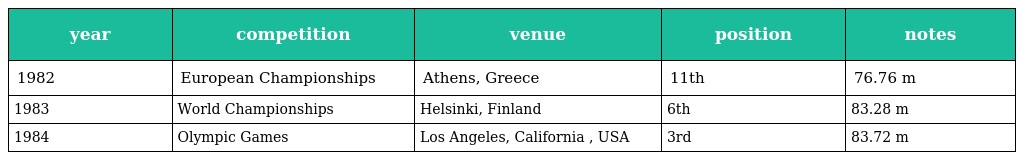
| year | competition | venue | position | notes |
 | --- | --- | --- | --- | --- |
 | 1982 | European Championships | Athens, Greece | 11th | 76.76 m |
 | 1983 | World Championships | Helsinki, Finland | 6th | 83.28 m |
 | 1984 | Olympic Games | Los Angeles, California , USA | 3rd | 83.72 m |